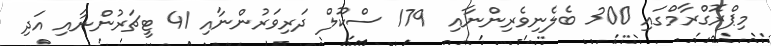
މިޕްރޮގްރާމްގައި 300 ބެލެނިވެރިންނާއި  179 ސްކޫލް ދަރިވަރުންނާއި 41 ޓީޗަރުންނާއި އަދި